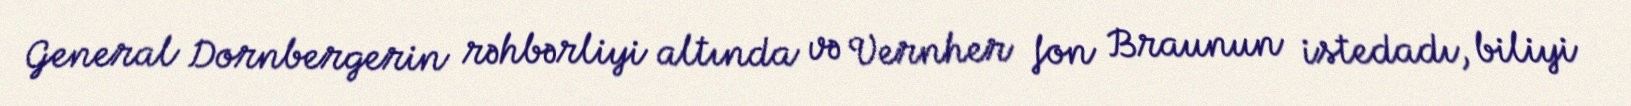
General Dornbergerin rəhbərliyi altında və Vernher fon Braunun istedadı, biliyi